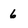
Character: 6